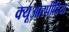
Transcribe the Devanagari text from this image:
क्यूआरपीडिया